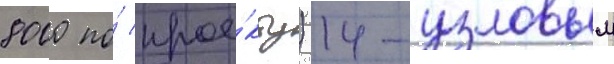
8000 по́ прое́кту) 14-узловым